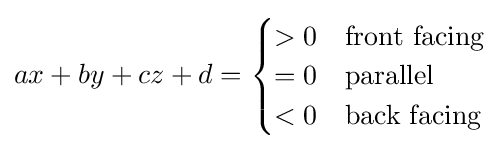
ax+by+cz+d={\begin{cases}>0&{\text{front facing}}\\=0&{\text{parallel}}\\<0&{\text{back facing}}\end{cases}}